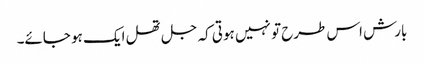
بارش اس طرح تو نہیں ہوتی کہ جل تھل ایک ہو جائے۔